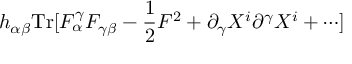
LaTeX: h _ { \alpha \beta } \mathrm { T r } [ F _ { \alpha } ^ { \gamma } F _ { \gamma \beta } - { \frac { 1 } { 2 } } F ^ { 2 } + \partial _ { \gamma } X ^ { i } \partial ^ { \gamma } X ^ { i } + \cdots ]